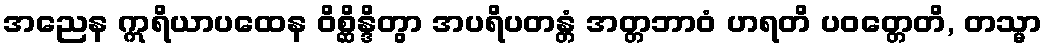
အညေန ဣရိယာပထေန ဝိစ္ဆိန္ဒိတွာ အပရိပတန္တံ အတ္တဘာဝံ ဟရတိ ပဝတ္တေတိ, တသ္မာ